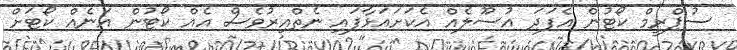
ސުޕްރީމް ކޯޓުން އެފަދަ އުސޫލެއް އެކަށައަޅާފައި ނެތްއިރުވެސް އެއް ކޯޓުން އަނެއް ކޯޓަށް